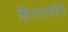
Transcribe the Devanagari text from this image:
हिरवाणीने